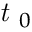
\textit { t } _ { 0 }